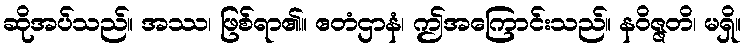
ဆိုအပ်သည်။ အဿ၊ ဖြစ်ရာ၏။ ဧတံဌာနံ၊ ဤအကြောင်းသည်။ နဝိဇ္ဇတိ၊ မရှိ။